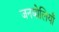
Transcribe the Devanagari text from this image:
जनबोलियाँ